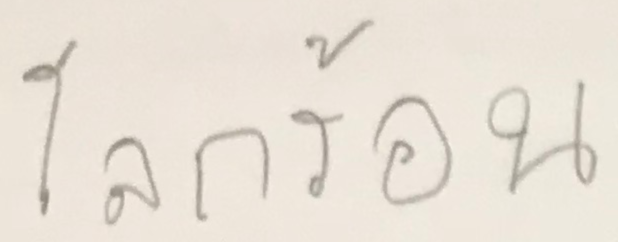
โรคร้อน